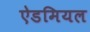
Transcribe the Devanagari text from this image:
ऐडमियल